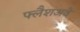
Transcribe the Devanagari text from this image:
फ्लैशअवे